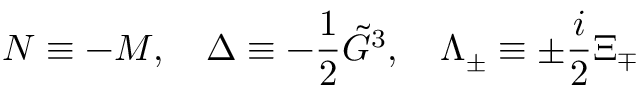
N \equiv - M , \ \ \ \Delta \equiv - \frac 1 2 \tilde { G } ^ { 3 } , \ \ \ \Lambda _ { \pm } \equiv \pm \frac i 2 \Xi _ { \mp }